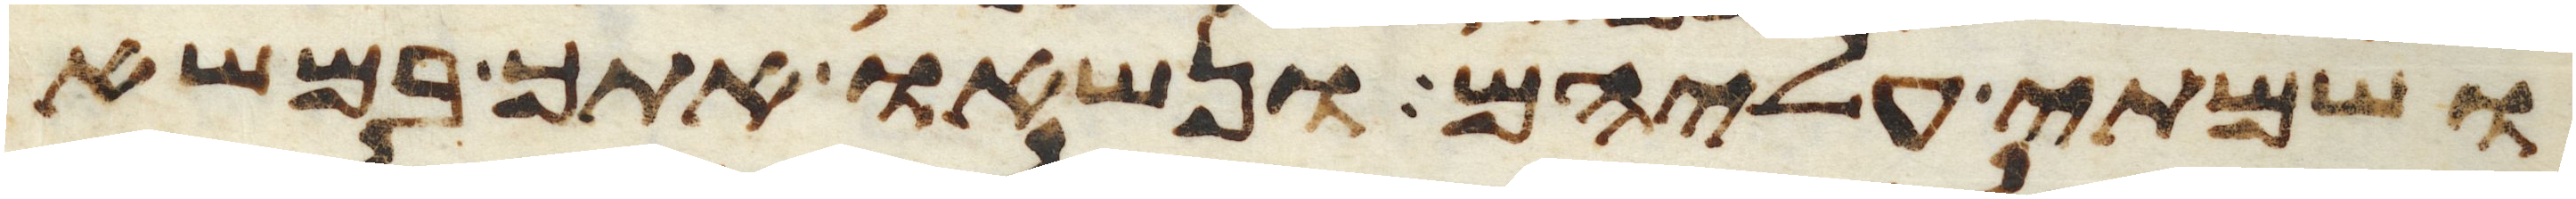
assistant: ושמתי עליהם ונשאו אתך במשא